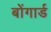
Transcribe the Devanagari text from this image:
बोंगार्ड